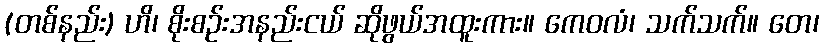
(တစ်နည်း) ဟိ၊ စိုးစဉ်းအနည်းငယ် ဆိုဖွယ်အထူးကား။ ကေဝလံ၊ သက်သက်။ တေ၊